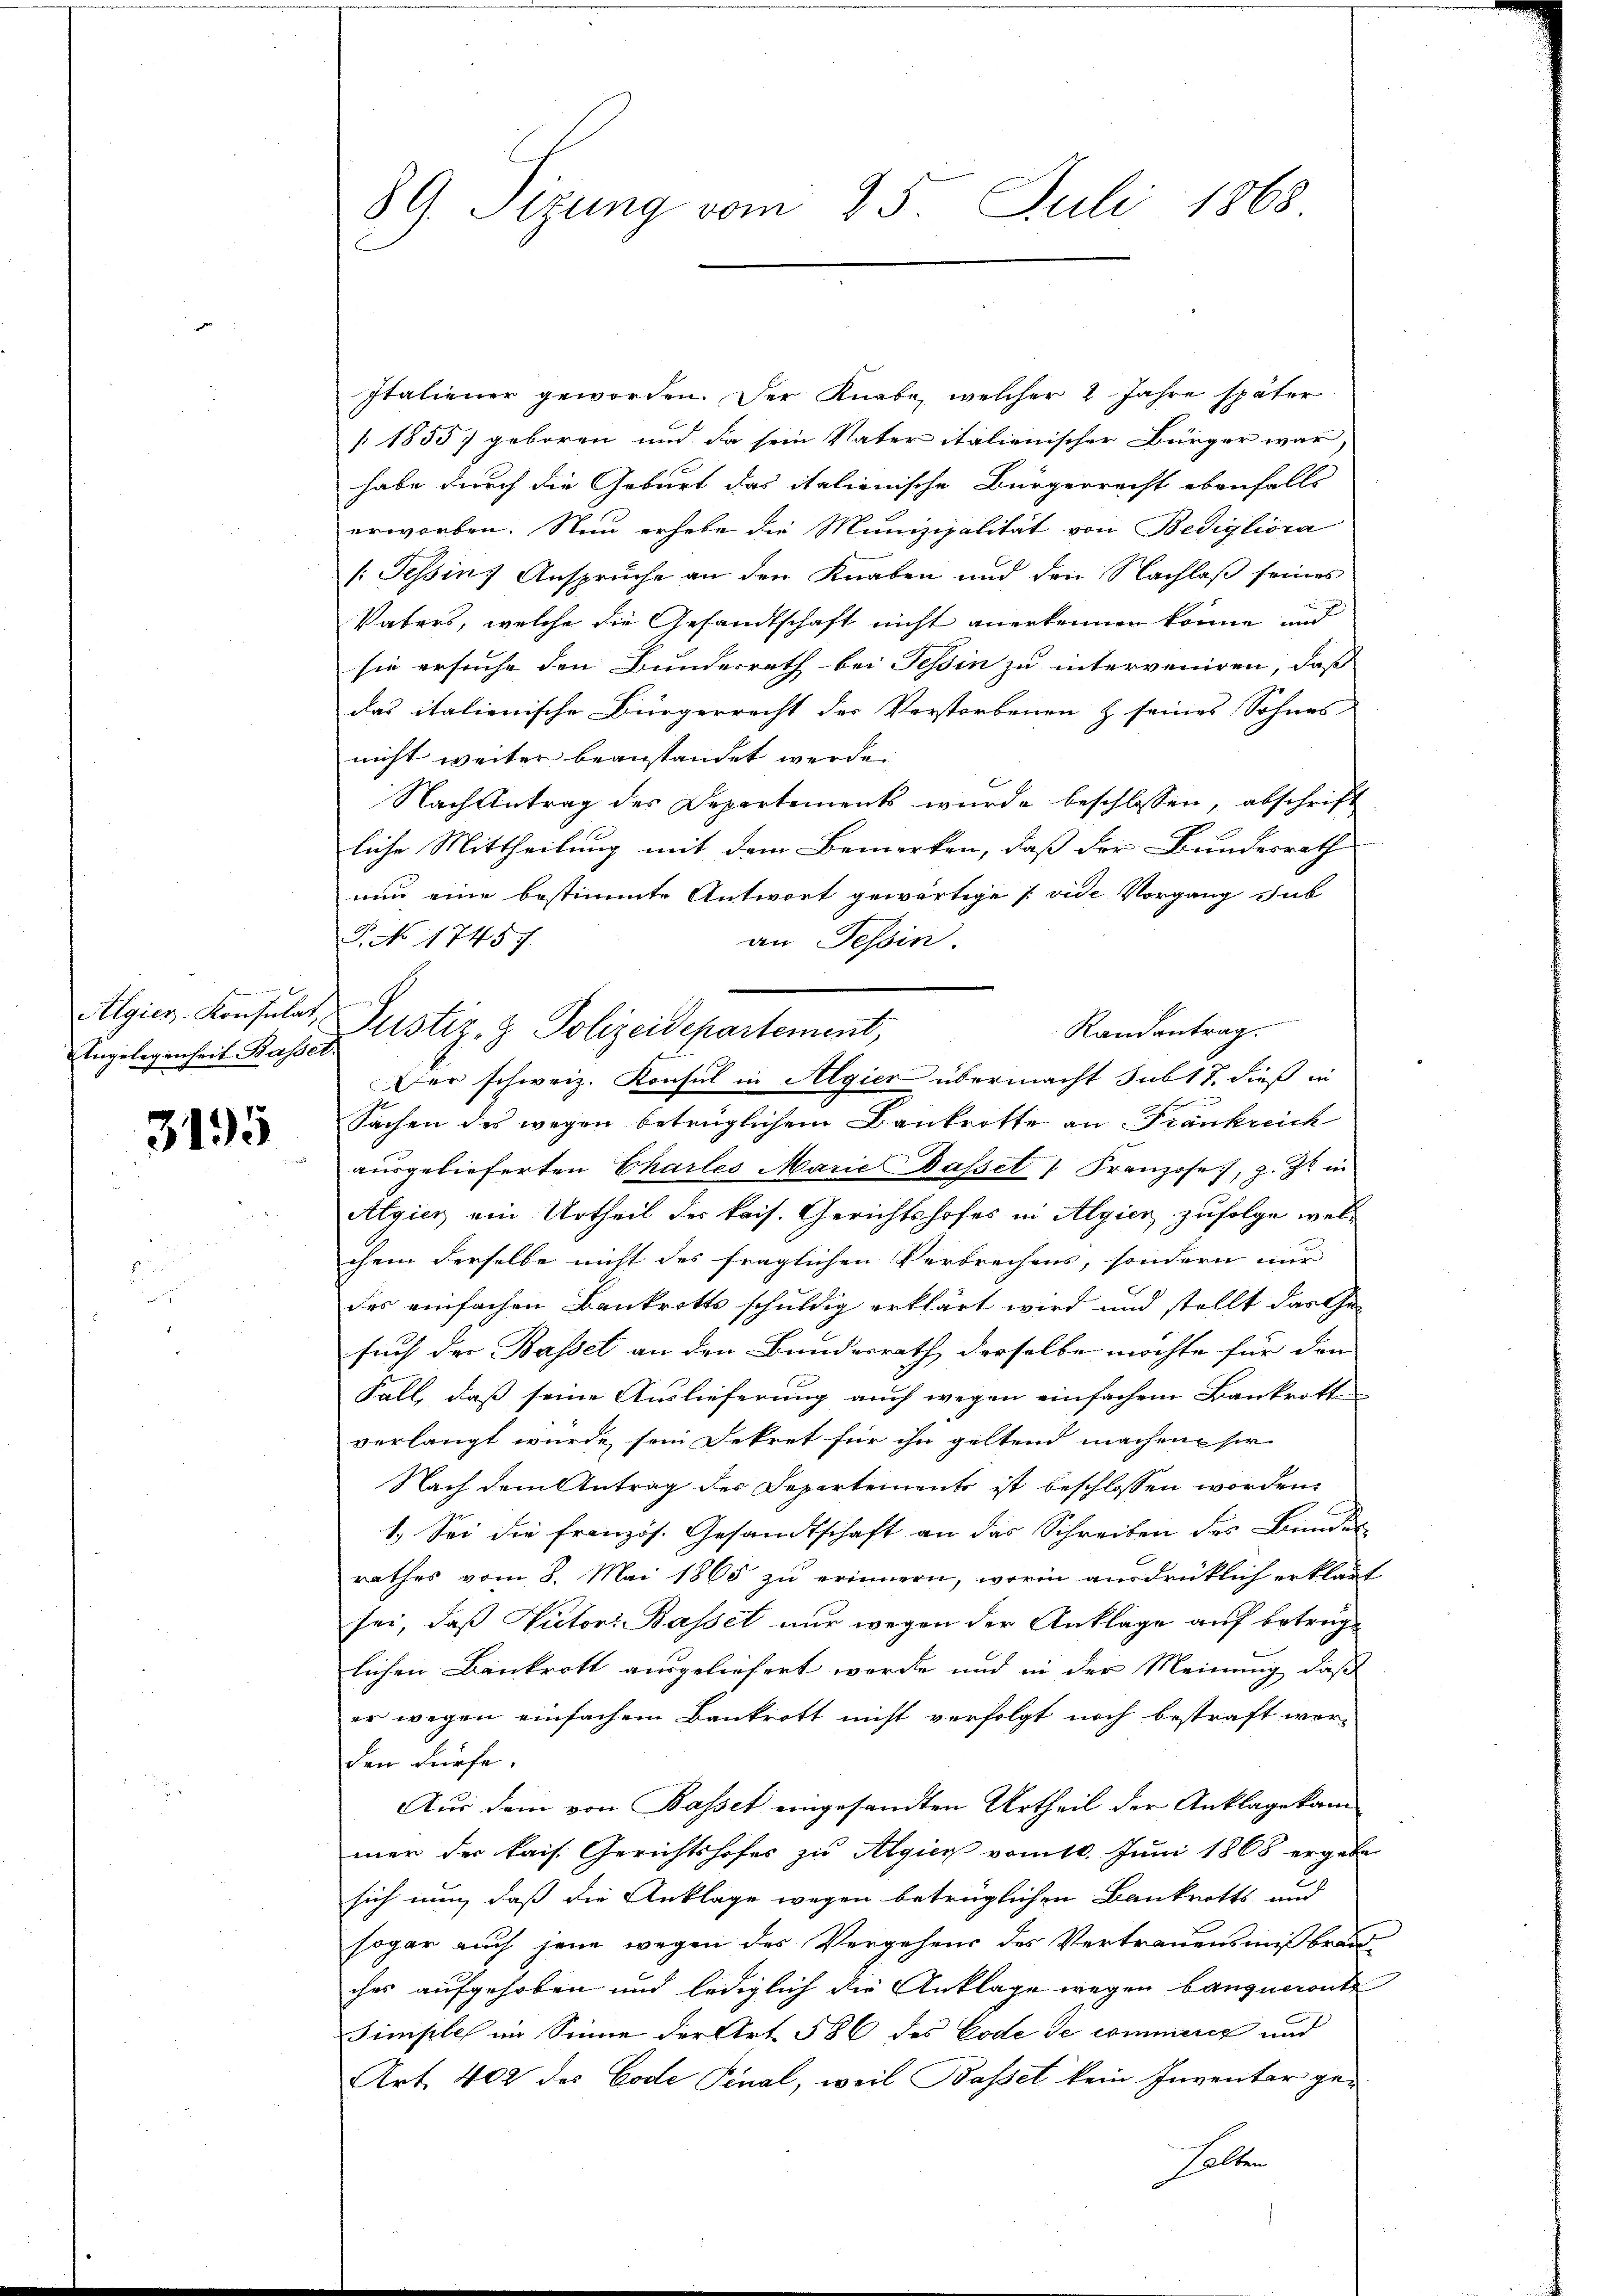
Kammen der
Algier-Konsulat,
Angelegenheit Basser.

3195

89. Sizung vom 25. Juli 1868.

Italiener geworden. Der Knabe, welcher 2 Jahre später
[1855 geboren und da sein Vater italienischer Bürger war
habe durch die Geburt das italienische Bürgerrecht ebenfalls
erworben. Nun erhabe die Munizipalität von Bedigliora
/Tessin Ansprüche an den Knaben und den Nachlaß seines
Vaters, welche die Gesandtschaft nicht anerkennen könne, und
sie ersuche den Bunderrath bei Tessin zu interveniren, daß
das italienische Bürgerrecht der Verstorbenen & seines Sohnes-
nicht weiter beanstandet werde.
Nach Antrag des Departements wurde beschlossen, abschrift
liche Mittheilung mit dem Bemerken, daß der Bundesrath
nun eine bestimmte Antwort gewärtige [vide Vorgang sub
P. No 17457.
an Tessin.
Der schweiz. Konsul in Algier übermacht subt 7. dieß in
Sachen des wegen betrüglichem Bankrotte an Frankreich
ausgelieferten Chartes Marie Dasset " Franzose, z. Zt. in
Algien ein Urtheil der kais. Gerichtshofes in Algien zufolge welchem derselbe nicht des fraglichen Verbrechens, sondern nur
des einfachen Bankrotts schuldig erklärt wird und stellt das Ge-
such der Basset an den Bundesrath derselbe möchte für dem
Fall, daß seine Auslieferung auch wegen einfachen Bankrotte
verlangt wurde, sein Dekret für ihn geltend machen sie
Nach dem Antrag des Departements ist beschlossen worden,
1. Sei die französ. Gesandtschaft an das Schreiben des Bundes
rathes vom 8. Mai 1865 zu erinnern, worin ausdrücklich erklärt
sei, daß Victor: Basset nur wegen der Anklage auf betrüglichen Bankrott ausgeliefert werde und in der Meinung, daß
er wegen einfachem Bankrott nicht verfolgt noch bestraft werden dürfe.
Aus dem von Basset eingesandten Urtheil der Anklage kam
mer der kais. Gerichtshofes zu Algien vom 10. Juni 1868 ergebe
sich nun, daß die Anklage wegen betrüglichen Bankrotts und
sogar auch jene wegen des Vergehens des Vertrauensmißbrand-
ches aufgehoben und lediglich die Anklage wegen bauqueront
Simple im Sinne der Art 586 des Code de commerie und
Art. 402 des Code Final, weil Basset kein Inventar ge-
halten

Justiz- & Polizeidepartement,

Randantrag.